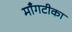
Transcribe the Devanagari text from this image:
माँगटीका